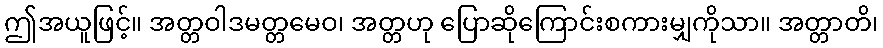
ဤအယူဖြင့်။ အတ္တဝါဒမတ္တမေဝ၊ အတ္တဟု ပြောဆိုကြောင်းစကားမျှကိုသာ။ အတ္တာတိ၊